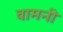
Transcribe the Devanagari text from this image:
वामनी